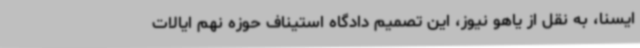
ایسنا، به نقل از یاهو نیوز، این تصمیم دادگاه استیناف حوزه نهم ایالات